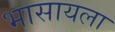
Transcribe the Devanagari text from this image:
भासायला